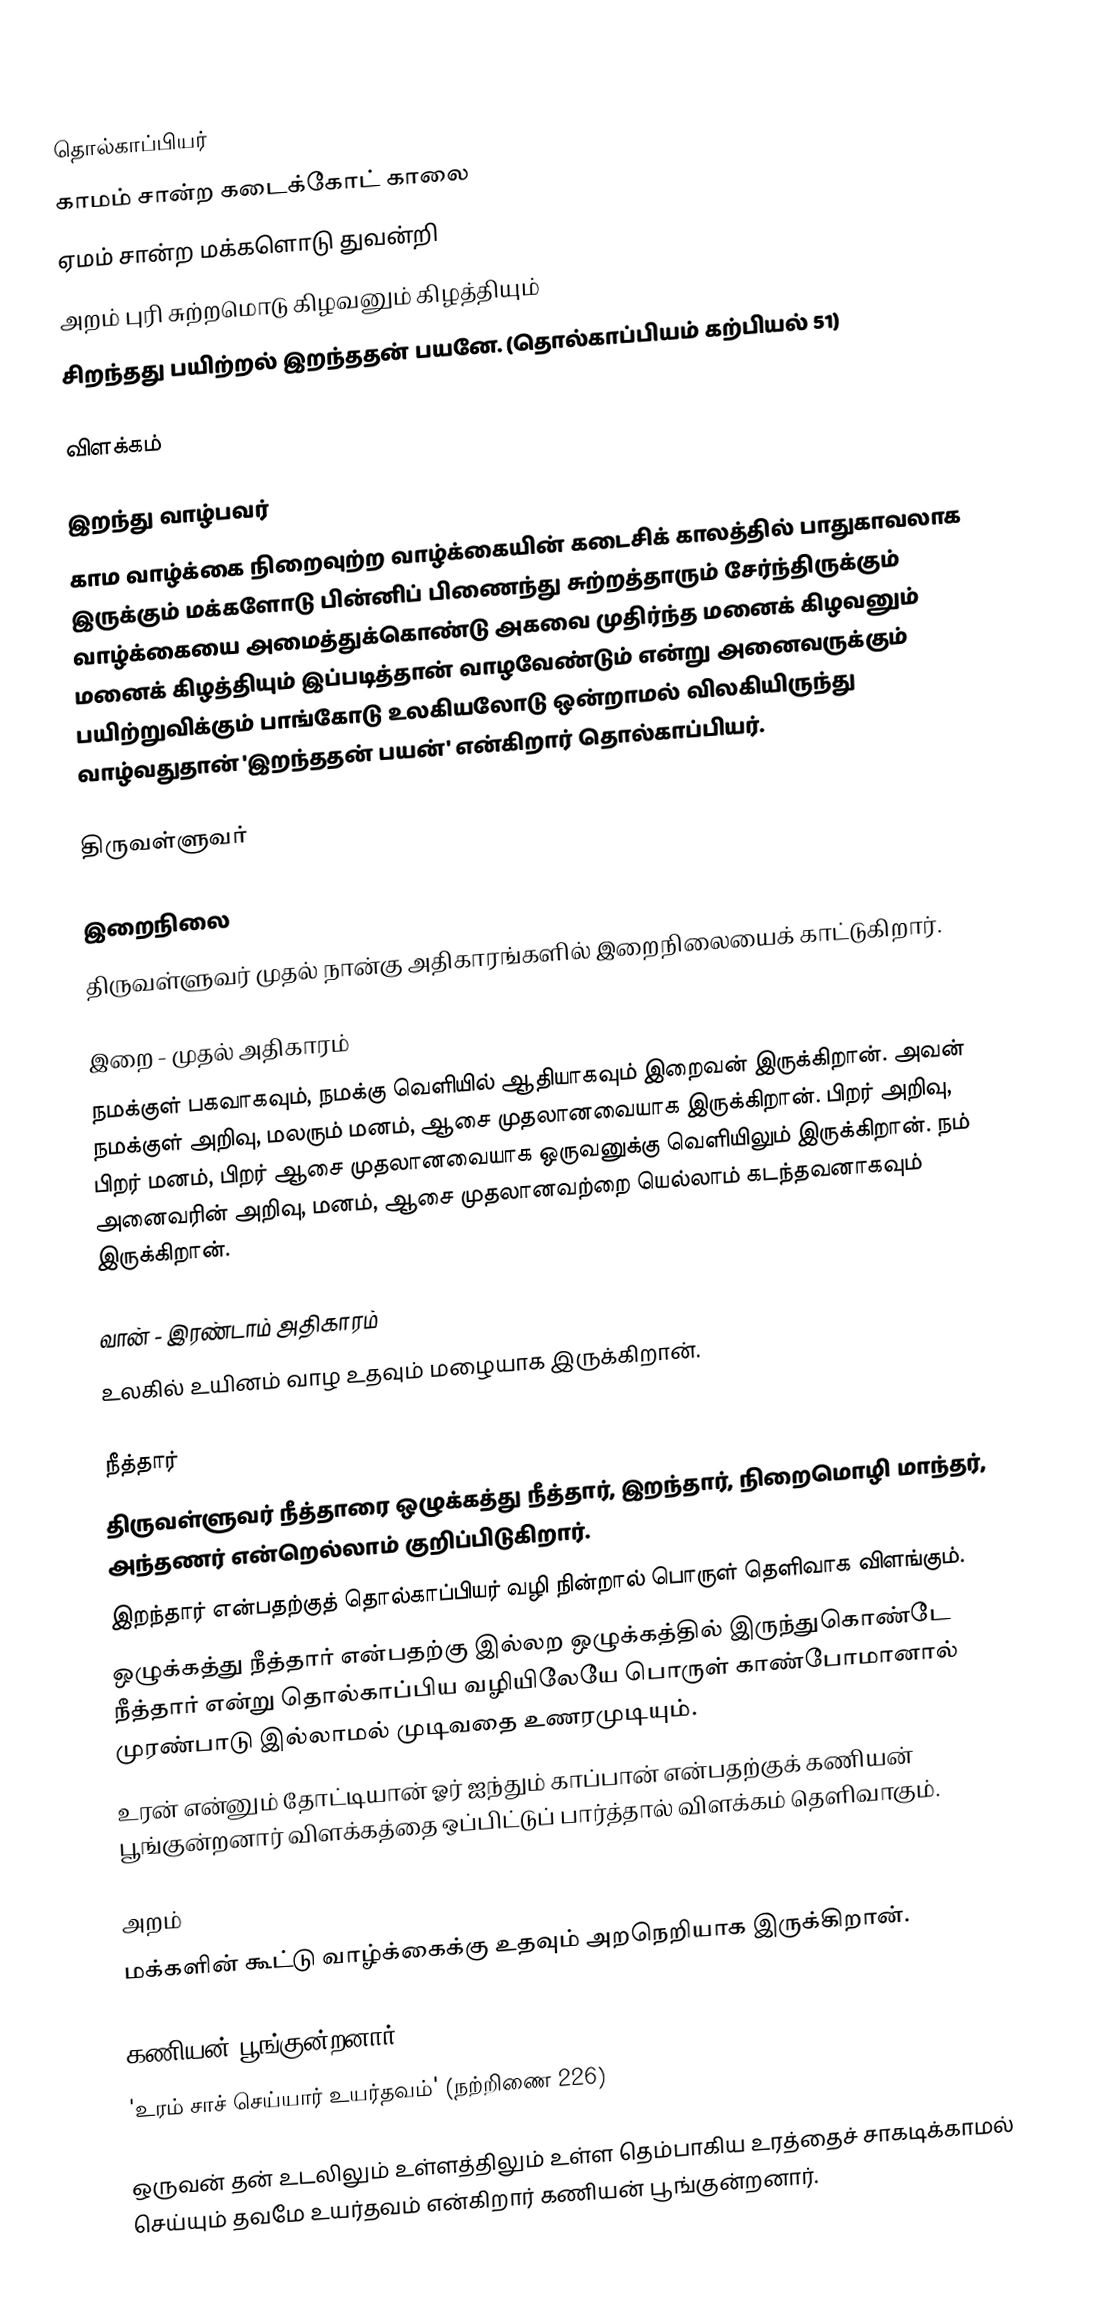

தொல்காப்பியர்
காமம் சான்ற கடைக்கோட் காலை
ஏமம் சான்ற மக்களொடு துவன்றி
அறம் புரி சுற்றமொடு கிழவனும் கிழத்தியும்
சிறந்தது பயிற்றல் இறந்ததன் பயனே. (தொல்காப்பியம் கற்பியல் 51)

விளக்கம்

இறந்து வாழ்பவர்
காம வாழ்க்கை நிறைவுற்ற வாழ்க்கையின் கடைசிக் காலத்தில் பாதுகாவலாக இருக்கும் மக்களோடு பின்னிப் பிணைந்து சுற்றத்தாரும் சேர்ந்திருக்கும் வாழ்க்கையை அமைத்துக்கொண்டு அகவை முதிர்ந்த மனைக் கிழவனும் மனைக் கிழத்தியும் இப்படித்தான் வாழவேண்டும் என்று அனைவருக்கும் பயிற்றுவிக்கும் பாங்கோடு உலகியலோடு ஒன்றாமல் விலகியிருந்து வாழ்வதுதான் 'இறந்ததன் பயன்' என்கிறார் தொல்காப்பியர்.

திருவள்ளுவர்

இறைநிலை
திருவள்ளுவர் முதல் நான்கு அதிகாரங்களில் இறைநிலையைக் காட்டுகிறார்.

இறை - முதல் அதிகாரம்
நமக்குள் பகவாகவும், நமக்கு வெளியில் ஆதியாகவும் இறைவன் இருக்கிறான். அவன் நமக்குள் அறிவு, மலரும் மனம், ஆசை முதலானவையாக இருக்கிறான். பிறர் அறிவு, பிறர் மனம், பிறர் ஆசை முதலானவையாக ஒருவனுக்கு வெளியிலும் இருக்கிறான். நம் அனைவரின் அறிவு, மனம், ஆசை முதலானவற்றை யெல்லாம் கடந்தவனாகவும் இருக்கிறான்.

வான் - இரண்டாம் அதிகாரம்
உலகில் உயினம் வாழ உதவும் மழையாக இருக்கிறான்.

நீத்தார்
 திருவள்ளுவர் நீத்தாரை ஒழுக்கத்து நீத்தார், இறந்தார், நிறைமொழி மாந்தர், அந்தணர் என்றெல்லாம் குறிப்பிடுகிறார்.
 இறந்தார் என்பதற்குத் தொல்காப்பியர் வழி நின்றால் பொருள் தெளிவாக விளங்கும்.
 ஒழுக்கத்து நீத்தார் என்பதற்கு இல்லற ஒழுக்கத்தில் இருந்துகொண்டே நீத்தார் என்று தொல்காப்பிய வழியிலேயே பொருள் காண்போமானால் முரண்பாடு இல்லாமல் முடிவதை உணரமுடியும்.
 உரன் என்னும் தோட்டியான் ஓர் ஐந்தும் காப்பான் என்பதற்குக் கணியன் பூங்குன்றனார் விளக்கத்தை ஒப்பிட்டுப் பார்த்தால் விளக்கம் தெளிவாகும்.

அறம்
மக்களின் கூட்டு வாழ்க்கைக்கு உதவும் அறநெறியாக இருக்கிறான்.

கணியன் பூங்குன்றனார்
'உரம் சாச் செய்யார் உயர்தவம்' (நற்றிணை 226)

ஒருவன் தன் உடலிலும் உள்ளத்திலும் உள்ள தெம்பாகிய உரத்தைச் சாகடிக்காமல் செய்யும் தவமே உயர்தவம் என்கிறார் கணியன் பூங்குன்றனார்.